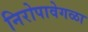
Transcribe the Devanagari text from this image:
निरोपावेगळा